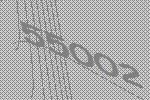
55002